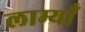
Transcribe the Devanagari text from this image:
लाम्याँ